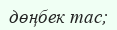
дөңбек тас;